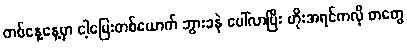
တစ်နေ့နေ့မှာ ငါ့မြေးတစ်ယောက် ဘွားခနဲ ပေါ်လာပြီး ဟိုးအရင်ကလို စာတွေ